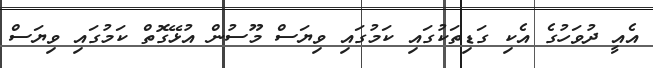
އެއީ ދުވަހުގެ އެކި ގަޑިތަކުގައި ކަމުގައި ވިޔަސް މޫސުން އުޅޭގޮތް ކަމުގައި ވިޔަސް